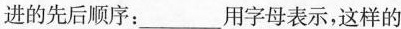
进的先后顺序：___用字母表示，这样的